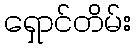
ရှောင်တိမ်း